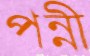
পন্নী